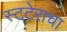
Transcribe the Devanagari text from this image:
स्टटेराचा